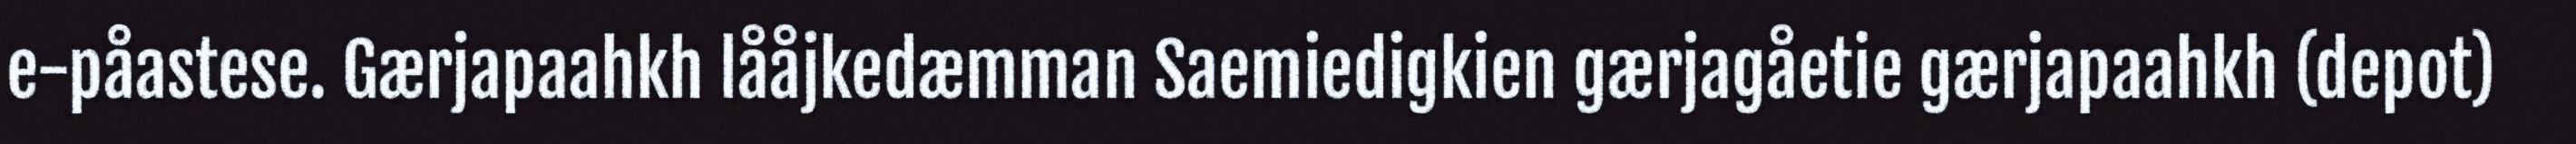
e-påastese. Gærjapaahkh lååjkedæmman Saemiedigkien gærjagåetie gærjapaahkh (depot)